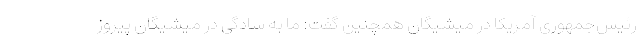
رئیس‌جمهوری آمریکا در میشیگان همچنین گفت: ما به سادگی در میشیگان پیروز